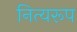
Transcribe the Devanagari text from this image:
नित्यरूप